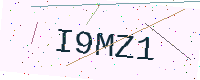
Text: I9MZ1